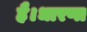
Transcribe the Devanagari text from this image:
है।धारणा